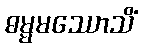
ဓမ္မမဿောသိံ